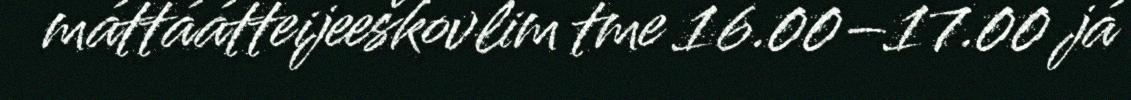
máttáátteijeeškovlim tme 16.00–17.00 já